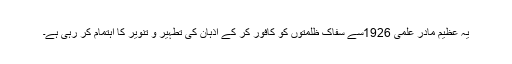
یہ عظیم مادر علمی 1926سے سفاک ظلمتوں کو کافور کر کے اذہان کی تطہیر و تنویر کا اہتمام کر رہی ہے۔